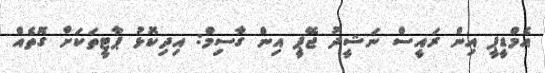
އެމްޑީޕީ އިން ރައީސް ނަޝީދު ޖޭޕީ އިން ގާސިމް: އިދިކޮޅު ޕާޓީތަކަށް ގޮތެއް